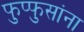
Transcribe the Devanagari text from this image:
फुप्फुसांना